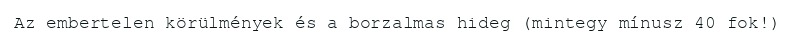
Az embertelen körülmények és a borzalmas hideg (mintegy mínusz 40 fok!)